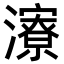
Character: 𪷷